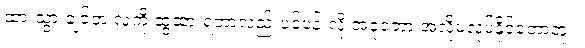
ထားသွားချင်တဲ့ လူကို ဆွဲထားရတာလည်းပင်ပန်းလို့ အခုတော့ အဲလိုမလုပ်နိုင်တော့ဘူး။